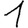
Digit: 1